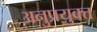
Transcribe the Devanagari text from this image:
अनुप्रयुक्त्त